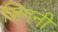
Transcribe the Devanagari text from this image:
सिगनी